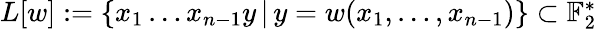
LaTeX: \begin{array}{r}{L[w]:=\left\{ x_{1}\dots x_{n-1}y\, |\, y=w(x_{1},\dots,x_{n-1})\right\} \subset\mathbb{F}_{2}^{*}}\end{array}